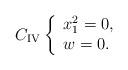
LaTeX: \begin{align*}C_{{\rm IV}}\left\{ \begin{array}{l} x_1^2=0, \\ w=0. \end{array} \right.\end{align*}